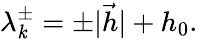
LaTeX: \lambda_{\mathit{k}}^{\pm}=\pm|{\vec{{h}}}|+h_{0}.